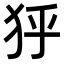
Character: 𤝘